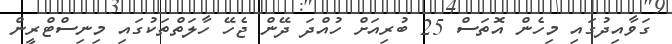
ގަވާއިދުގައި މިހެން އޮތަސް 25 ބުރިއަށް ހުއްދަ ދޭން ޖެހޭ ހާލަތްތަކުގައި މިނިސްޓްރީން